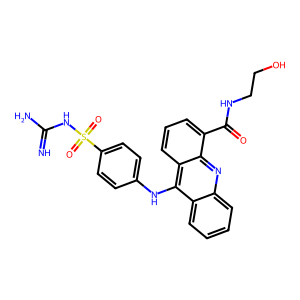
SMILES: N=C(N)NS(=O)(=O)c1ccc(Nc2c3ccccc3nc3c(C(=O)NCCO)cccc23)cc1
Inhibits HIV replication: No